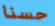
حسنا